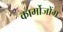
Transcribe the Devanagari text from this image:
कार्मोजोंग